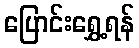
ပြောင်းရွှေ့ရန်